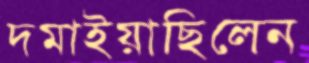
দমাইয়াছিলেন